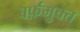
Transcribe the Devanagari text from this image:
बर्फ़मुक्त